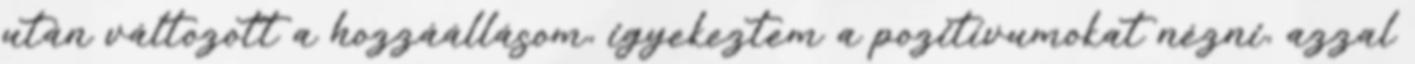
után változott a hozzáállásom, igyekeztem a pozitívumokat nézni, azzal